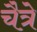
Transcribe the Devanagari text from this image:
चैत्रे